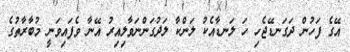
އޭގެ ފަހުން ދަގަނޑޭޖެހި ހަ ލަނޑާއެކު ލަންކާ ލަދުގަންނަވާލިއިރު އޭނާ ވެފައިވަނީ މުބާރާތުގެ